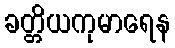
ခတ္တိယကုမာရေန